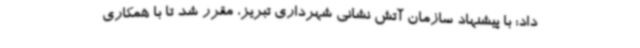
داد: با پیشنهاد سازمان آتش نشانی شهرداری تبریز، مقرر شد تا با همکاری